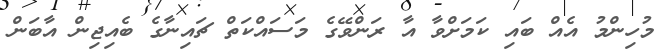
މުހިންމު އެއް ބައި ކަމަށްވާ އާ ރަންވޭގެ މަސައްކަތް ޗައިނާގެ ބެއިޖިން އާބަން